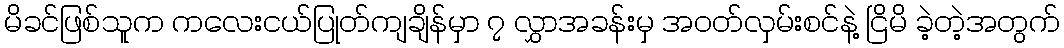
မိခင်ဖြစ်သူက ကလေးငယ်ပြုတ်ကျချိန်မှာ ၇ လွှာအခန်းမှ အဝတ်လှမ်းစင်နဲ့ ငြိမိ ခဲ့တဲ့အတွက်